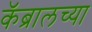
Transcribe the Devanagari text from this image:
कॅब्रालच्या